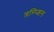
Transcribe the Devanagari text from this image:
त्रम्प्किन